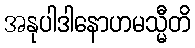
အနုပါဒါနောဟမသ္မီတိ